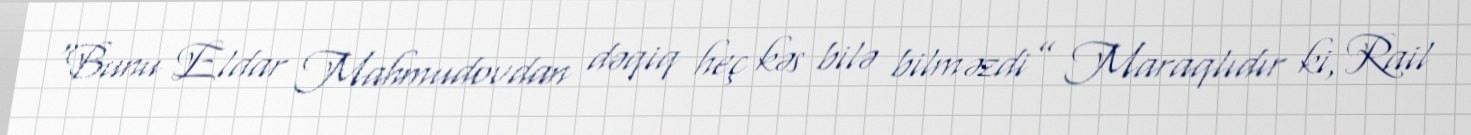
“Bunu Eldar Mahmudovdan dəqiq heç kəs bilə bilməzdi” Maraqlıdır ki, Rail